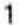
1